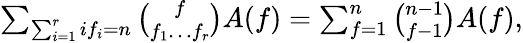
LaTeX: \begin{array}{r}{\sum_{\sum_{i=1}^{r}if_{i}=n}\binom{f}{f_{1}\ldots f_{r}}A(f)=\sum_{f=1}^{n}\binom{n-1}{f-1}A(f),}\end{array}